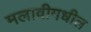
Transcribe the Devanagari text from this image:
मलावीमधील